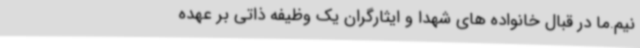
نیم‌.ما در قبال خانواده های شهدا و ایثارگران یک وظیفه ذاتی بر عهده